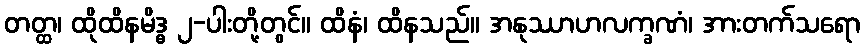
တတ္ထ၊ ထိုထိနမိဒ္ဓ ၂-ပါးတို့တွင်။ ထိနံ၊ ထိနသည်။ အနုဿာဟလက္ခဏံ၊ အားတက်သရော